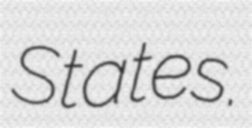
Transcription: States.